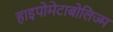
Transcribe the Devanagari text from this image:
हाइपोमेटाबोलिज्म